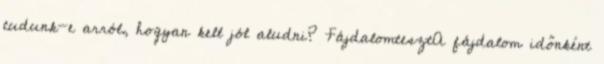
tudunk-e arról, hogyan kell jól aludni? FájdalomtesztA fájdalom időnként